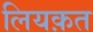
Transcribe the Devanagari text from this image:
लियक़त